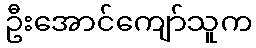
ဦးအောင်ကျော်သူက